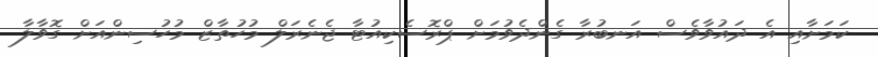
ކަމަށާއި އެ ދައުވާވެސް އަނބުރާ ގެންދެވުމަށް ޕްރޮސެކިއުޓާ ޖެނެރަލް މުހުތާޒް މުހުސިންއަށް ގޮވާލާ